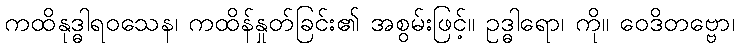
ကထိနုဒ္ဓါရဝသေန၊ ကထိန်နှုတ်ခြင်း၏ အစွမ်းဖြင့်။ ဥဒ္ဓါရော၊ ကို။ ဝေဒိတဗ္ဗော၊